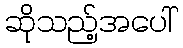
ဆိုသည့်အပေါ်